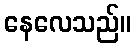
နေလေသည်။